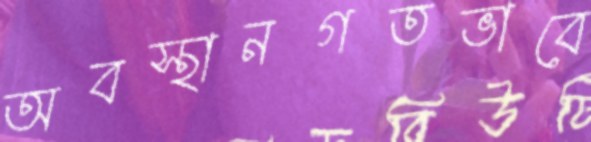
অবস্থানগতভাবে